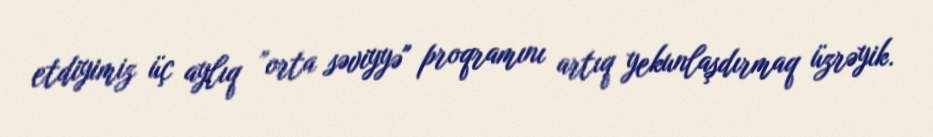
etdiyimiz üç aylıq ”orta səviyyə" proqramını artıq yekunlaşdırmaq üzrəyik.